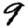
Digit: 9